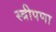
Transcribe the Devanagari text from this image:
स्त्रीपणा